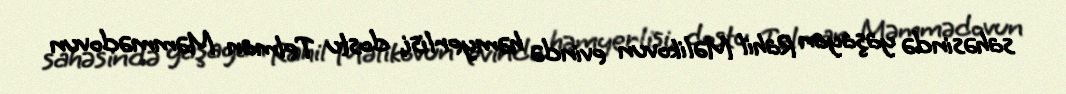
sahəsində yaşayan Rahil Məlikovun evində həmyerlisi, dostu Telman Məmmədovun